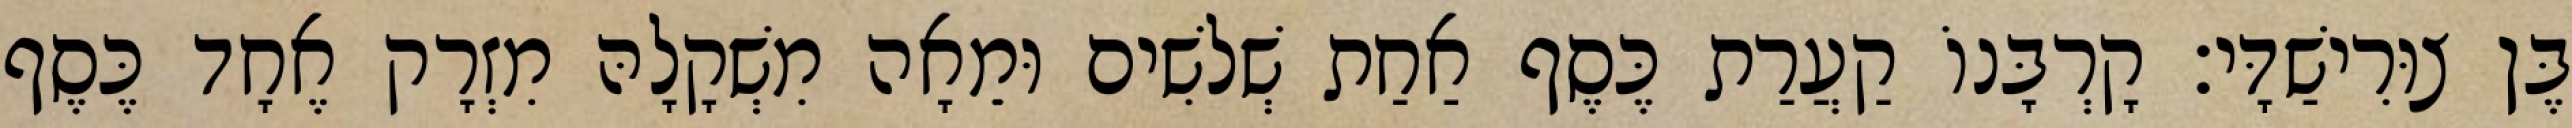
בֶּן צוּרִישַׁדָּי׃ קָרְבָּנוֹ קַעֲרַת כֶּסֶף אַחַת שְׁלשִׁים וּמֵאָה מִשְׁקָלָהּ מִזְרָק אֶחָד כֶּסֶף